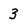
Character: 3